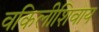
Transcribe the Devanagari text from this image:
वकिलीशिवाय